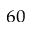
^ { 6 0 }